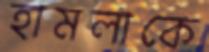
হামলাকে